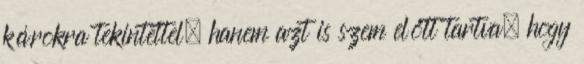
károkra tekintettel, hanem azt is szem előtt tartva, hogy